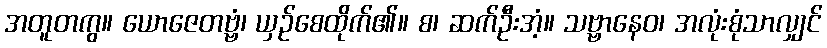
အတူတကွ။ ယောဇေတဗ္ဗံ၊ ယှဉ်စေထိုက်၏။ စ၊ ဆက်ဦးအံ့။ သဗ္ဗာနေဝ၊ အလုံးစုံသာလျှင်